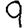
Digit: 9